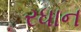
રધાન